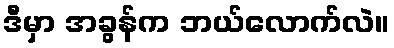
ဒီမှာ အခွန်က ဘယ်လောက်လဲ။